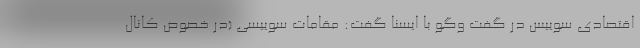
اقتصادی سوییس در گفت وگو با ایسنا گفت: مقامات سوییسی (در خصوص کانال